Insane asylums in Bengal annual reports 1867-1875 - 1867-1875
Year: 1867
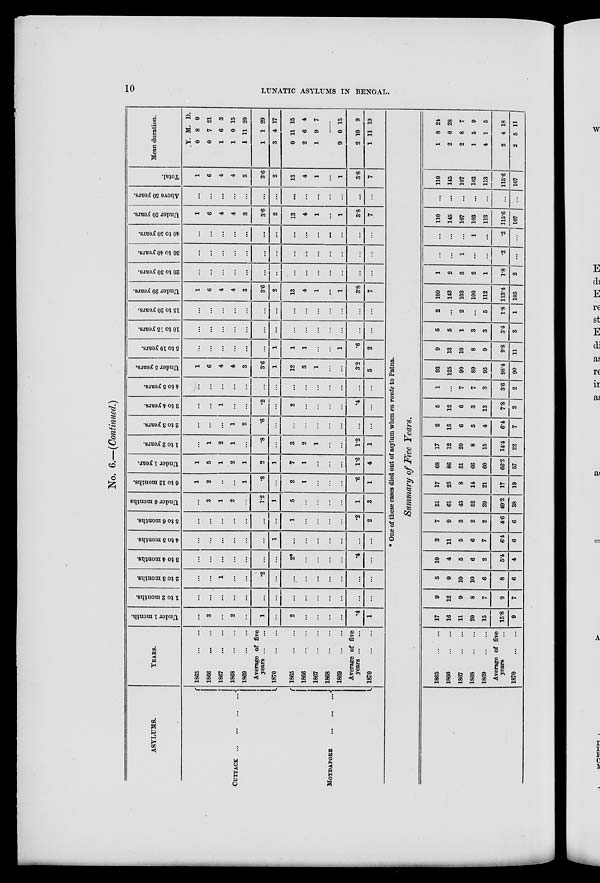
10
LUNATIC ASYLUMS IN BENGAL.
No. 6.—(Continued.)
ASYLUMS.
CUTTACK
...
...
...
...
MOYDAPORE
...
...
...
YEARS.
1865
...
...
1866
...
...
1867
...
...
1868
...
...
1869
...
...
Average of five
years ... ...
1870
...
...
1865
...
...
1866 ... ...
1867
...
...
1868
...
...
1869
...
...
Average of five
years ... ...
1870
...
...
Under 1 month.
...
3
...
2
...
1
...
2
...
...
...
...
.4
1
1 to 2 months.
...
...
...
...
...
...
...
...
...
...
...
...
...
...
2 to 3 months.
...
...
1
...
...
.2
...
...
...
...
...
...
...
...
3 to 4 months.
...
...
...
...
...
...
...
2*
...
...
...
...
.4
...
4 to 5 months.
...
...
...
...
...
...
1
...
...
...
...
...
...
...
5 to 6 months.
...
..
...
...
...
...
...
1
...
...
...
...
.2
2
Under 6 months
...
3
1
2
...
1.2
1
5
...
...
...
...
1
3
6 to 12 months.
1
2
...
...
1
.8
...
2
1
...
...
...
.6
1
Under 1 year.
1
5
1
2
1
2
1
7
1
...
...
...
1.6
4
1 to 2 years.
...
1
2
1
...
.8
...
3
2
1
...
...
1.2
1
2 to 3 years.
...
...
...
1
2
.6
...
...
...
...
...
...
...
...
3 to 4 years.
...
...
1
...
...
.2
...
2
...
...
...
...
.4
...
4 to 5 years.
...
...
...
...
...
...
...
...
...
...
...
...
...
...
Under 5 years.
1
6
4
4
3
3.6
1
12
3
1
...
...
3.2
5
5 to 10 years.
...
...
...
...
...
...
1
1
1
...
...
1
.6
2
10 to 15 years.
...
...
...
...
...
...
...
...
...
...
...
...
...
...
15 to 20 years.
...
...
...
...
...
...
...
...
...
...
...
...
...
...
Under 20 years.
1
6
4
4
3
3.6
2
13
4
1
1
3.8
7
20 to 30 years.
...
...
...
...
...
...
...
...
...
...
...
...
...
...
30 to 40 years.
...
...
...
...
...
...
...
...
...
...
...
...
...
...
40 to 50 years.
...
...
...
...
...
...
...
...
...
...
...
...
...
...
Under 50 years.
1
6
4
4
3
3.6
2
13
4
1
...
1
3.8
7
Above 50 years.
...
...
...
...
...
...
...
...
...
...
...
...
...
...
Total.
1
6
4
4
3
3.6
2
13
4
1
...
1
3.8
7
Mean duration.
Y.
0
0
1
1
1
1
3
0
2
1
M.
8
7
6
0
11
1
4
11
6
9
D.
0
21
3
15
20
29
17
15
4
7
......
9
2
1
0
10
11
15
9
19
* One of these cases died out of asylum when en route to Patna.
Summary of Five Years.
1865 ... ...
1866
...
...
1867
...
...
1868
...
...
1869
...
...
Average of five
years ... ...
1870
...
...
17
16
11
20
15
15.8
9
9
12
9
8
7
9
7
5
9
10
10
6
8
6
10
4
5
6
2
5.4
4
3
11
5
6
7
6.4
6
7
9
3
2
2
4.6
6
51
61
43
52
39
49.2
38
17
25
8
14
21
17
19
68
86
51
66
60
66.2
57
17
12
20
8
15
14.4
22
2
15
6
5
4
6.4
7
5
12
6
3
13
7.8
2
1
...
7
7
3
3.6
2
93
125
90
89
95
98.4
90
9
13
10
8
9
9.8
11
5
5
1
3
3
3.4
3
2
...
2
...
5
1.8
1
109
143
103
100
112
113.4
105
1
2
3
2
1
1.8
2
...
...
1
...
...
.2
...
...
...
...
1
...
.2
...
110
145
107
103
113
115.6
107
...
...
...
...
...
...
...
110
145
107
103
113
115.6
107
1
2
2
1
4
2
2
8
0
8
5
1
4
5
24
28
7
9
5
18
11